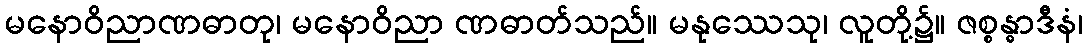
မနောဝိညာဏဓာတု၊ မနောဝိညာ ဏဓာတ်သည်။ မနုဿေသု၊ လူတို့၌။ ဇစ္စန္ဓာဒီနံ၊